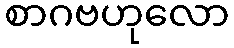
စာဂဗဟုလော